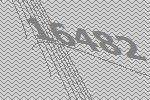
16482